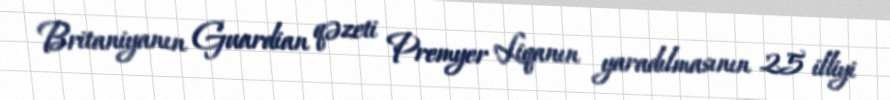
Britaniyanın Guardian qəzeti Premyer Liqanın yaradılmasının 25 illiyi